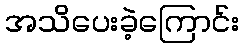
အသိပေးခဲ့ကြောင်း